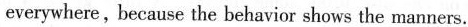
everywhere,because the behavior shows the manners.